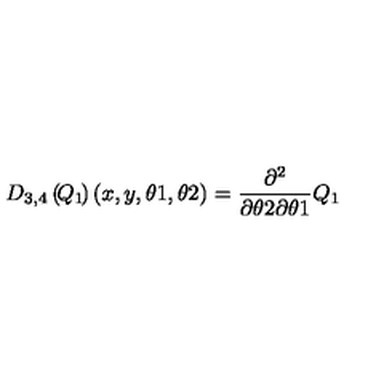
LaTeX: { { D } _ { 3 , 4 } } \left( \! { { Q } _ { 1 } } \! \right) ( { x } , { y } , { \theta 1 } , { \theta 2 } ) = { \frac { { \partial } ^ { 2 } } { { \partial } { \theta 2 } { \partial } { \theta 1 } } } { { Q } _ { 1 } }